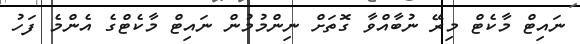
ނައިޓް މާކެޓް މިރޭ ނުބާއްވާ ގޮތަށް ނިންމުމުން ނައިޓް މާކެޓްގެ އެންމެ ފަހު